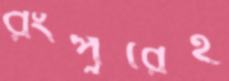
রংপুরেই